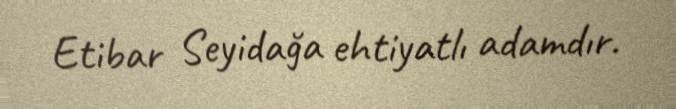
Etibar Seyidağa ehtiyatlı adamdır.